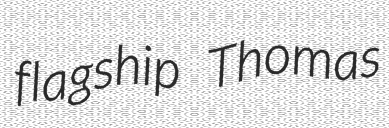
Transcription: flagship Thomas